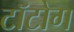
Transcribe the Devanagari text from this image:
टॉटोग